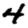
Digit: 4